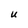
Character: U